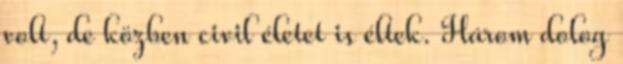
volt, de közben civil életet is éltek. Három dolog